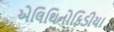
એલિથિનોફિડીયા